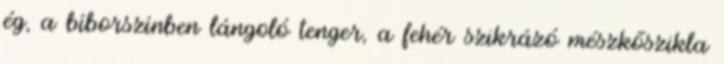
ég, a bíborszínben lángoló tenger, a fehér szikrázó mészkőszikla